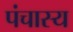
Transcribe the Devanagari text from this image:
पंचास्य